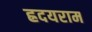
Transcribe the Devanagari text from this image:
ह्रदयराम